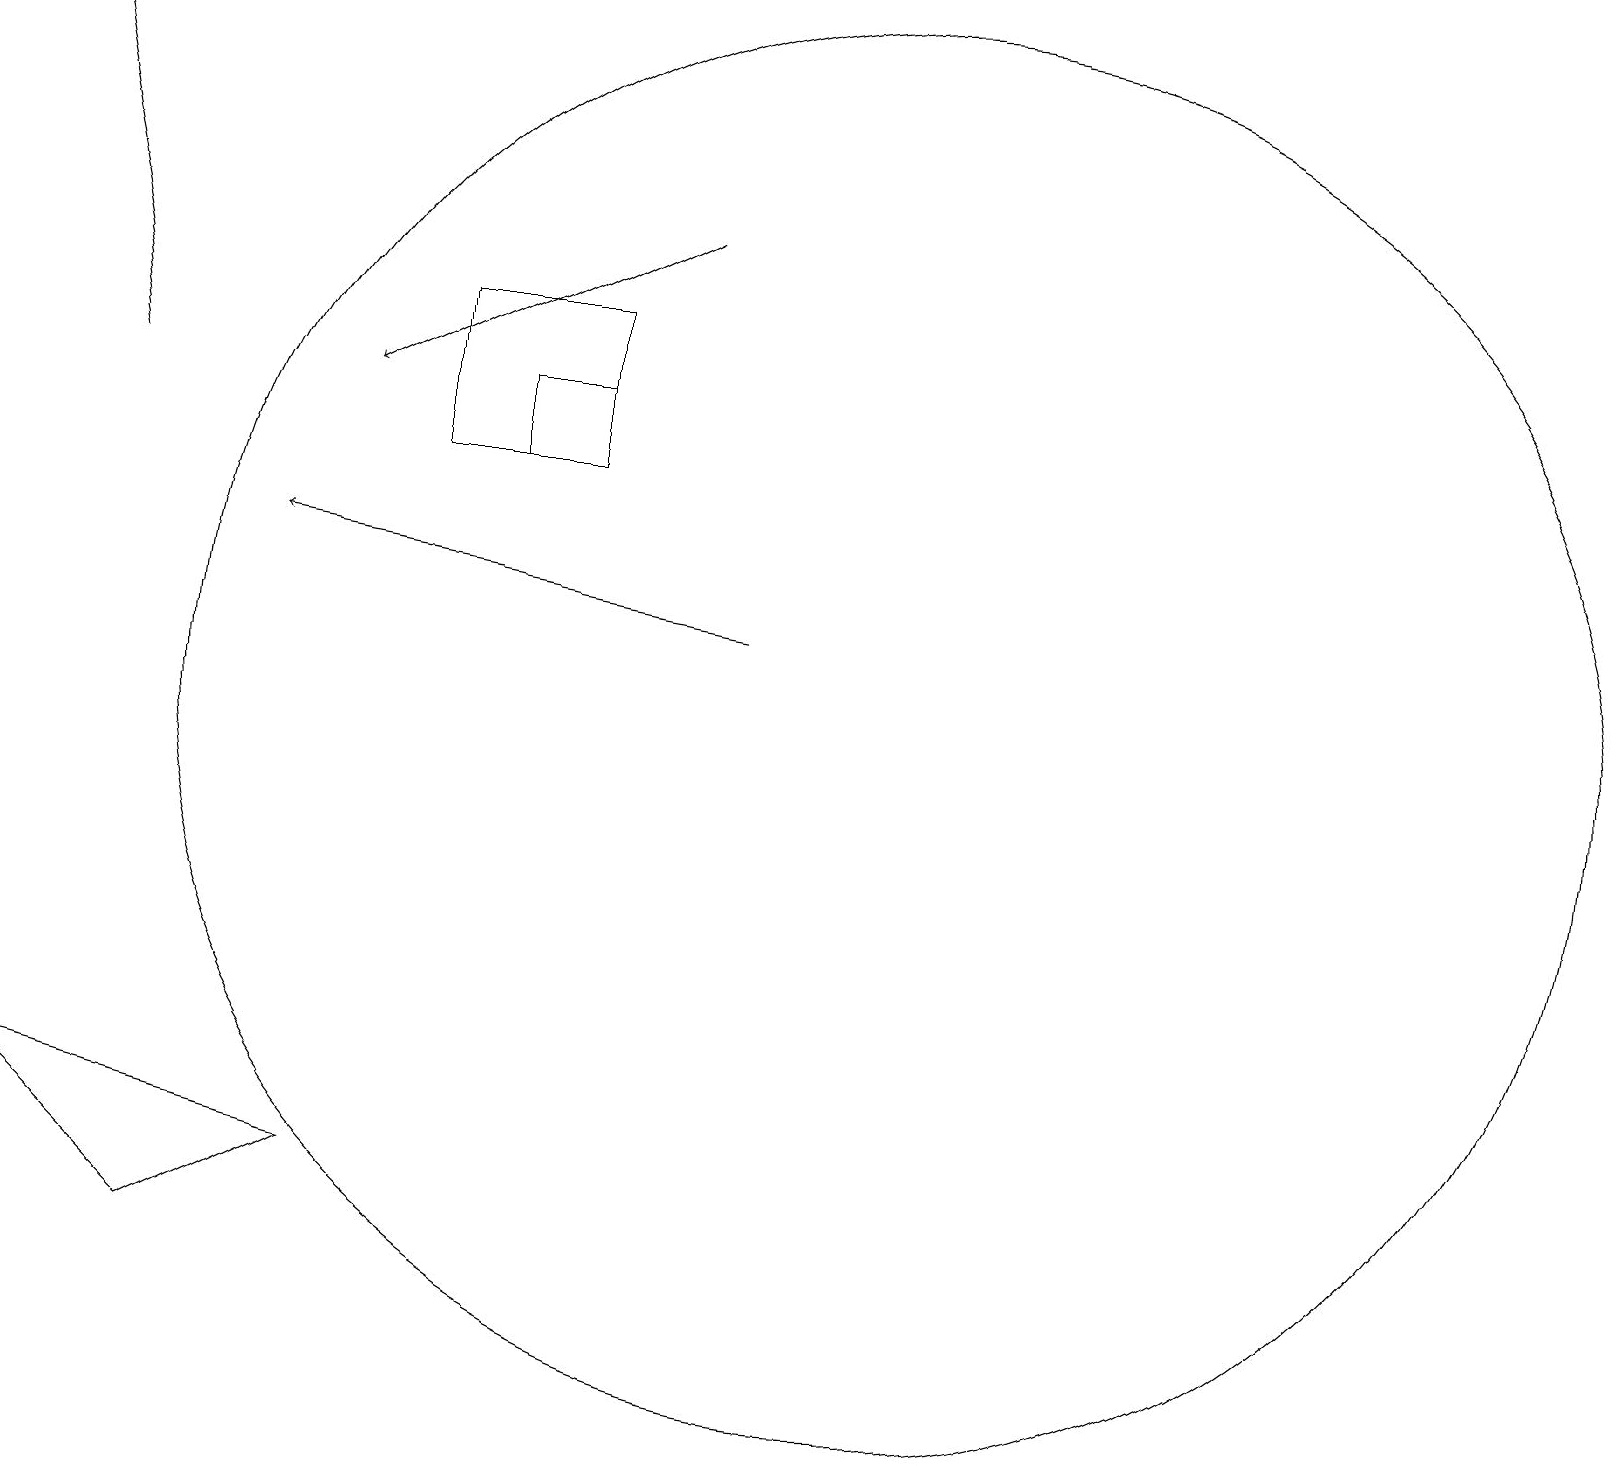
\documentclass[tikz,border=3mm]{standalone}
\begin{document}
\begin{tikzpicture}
\draw[->] (8,16) -- (4,14);
\draw (0,5) -- (4,4) -- (2,3) -- cycle;
\draw (5,13) rectangle (7,15);
\draw (6,14) rectangle (7,13);
\draw[->] (9,11) -- (3,12);
\draw (11,10) circle (9);
\draw[->] (1,14) -- (0,19);
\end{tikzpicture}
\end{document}